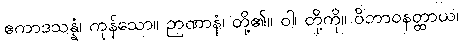
ဧကာဒသန္နံ၊ ကုန်သော။ ဉာဏာနံ၊ တို့၏။ ဝါ၊ တို့ကို။ ဝိဘာဝနတ္ထာယ၊